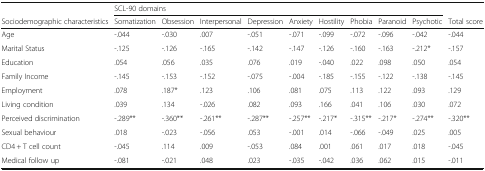
<table><thead><tr><td></td><td colspan="9"><b>SCL-90 domains</b></td><td></td></tr><tr><td><b>Sociodemographic characteristics</b></td><td><b>Somatization</b></td><td><b>Obsession</b></td><td><b>Interpersonal</b></td><td><b>Depression</b></td><td><b>Anxiety</b></td><td><b>Hostility</b></td><td><b>Phobia</b></td><td><b>Paranoid</b></td><td><b>Psychotic</b></td><td><b>Total score</b></td></tr></thead><tbody><tr><td>Age</td><td>-.044</td><td>-.030</td><td>.007</td><td>-.051</td><td>-.071</td><td>-.099</td><td>-.072</td><td>-.096</td><td>-.042</td><td>-.044</td></tr><tr><td>Marital Status</td><td>-.125</td><td>-.126</td><td>-.165</td><td>-.142</td><td>-.147</td><td>-.126</td><td>-.160</td><td>-.163</td><td>-.212*</td><td>-.157</td></tr><tr><td>Education</td><td>.054</td><td>.056</td><td>.035</td><td>.076</td><td>.019</td><td>-.040</td><td>.022</td><td>.098</td><td>.050</td><td>.054</td></tr><tr><td>Family Income</td><td>-.145</td><td>-.153</td><td>-.152</td><td>-.075</td><td>-.004</td><td>-.185</td><td>-.155</td><td>-.122</td><td>-.138</td><td>-.145</td></tr><tr><td>Employment</td><td>.078</td><td>.187*</td><td>.123</td><td>.106</td><td>.081</td><td>.075</td><td>.113</td><td>.122</td><td>.093</td><td>.129</td></tr><tr><td>Living condition</td><td>.039</td><td>.134</td><td>-.026</td><td>.082</td><td>.093</td><td>.166</td><td>.041</td><td>.106</td><td>.030</td><td>.072</td></tr><tr><td>Perceived discrimination</td><td>-.289**</td><td>-.360**</td><td>-.261**</td><td>-.287**</td><td>-.257**</td><td>-.217*</td><td>-.315**</td><td>-.217*</td><td>-.274**</td><td>-.320**</td></tr><tr><td>Sexual behaviour</td><td>.018</td><td>-.023</td><td>-.056</td><td>.053</td><td>-.001</td><td>.014</td><td>-.066</td><td>-.049</td><td>.025</td><td>.005</td></tr><tr><td>CD4 + T cell count</td><td>-.045</td><td>.114</td><td>.009</td><td>-.053</td><td>.084</td><td>.001</td><td>.061</td><td>.017</td><td>.018</td><td>-.045</td></tr><tr><td>Medical follow up</td><td>-.081</td><td>-.021</td><td>.048</td><td>.023</td><td>-.035</td><td>-.042</td><td>.036</td><td>.062</td><td>.015</td><td>-.011</td></tr></tbody></table>